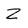
Character: Z